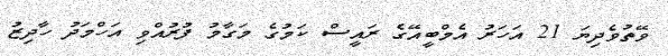
ވޭތުވެދިޔަ 21 އަހަރު އެމްބީއޭގެ ރައީސް ކަމުގެ މަގާމު ފުރުއްވި އަހްމަދު ހާދިޒު